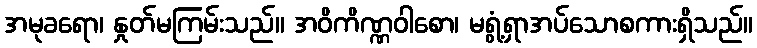
အမုခရော၊ နှုတ်မကြမ်းသည်။ အဝိကိဏ္ဏဝါစော၊ မရွံ့ရှာအပ်သောစကားရှိသည်။